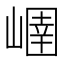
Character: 𡻢